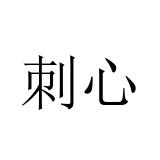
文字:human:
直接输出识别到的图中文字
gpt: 刺心